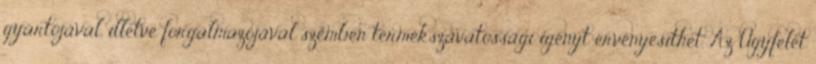
gyártójával, illetve forgalmazójával szemben termékszavatossági igényt érvényesíthet. Az Ügyfelet